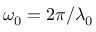
\omega _ { 0 } = 2 \pi / \lambda _ { 0 }